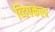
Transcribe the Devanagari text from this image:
व्दिपकल्प